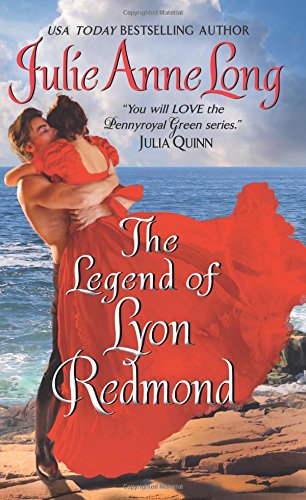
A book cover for The Legend of Lyon Redmond: Pennyroyal Green Series; Julie Anne Long; Romance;